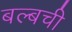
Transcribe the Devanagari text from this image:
बल्बची